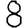
Digit: 8